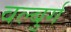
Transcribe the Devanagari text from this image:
वल्बुर्ग